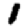
Digit: 1